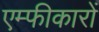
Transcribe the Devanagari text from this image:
एम्फीकारों